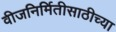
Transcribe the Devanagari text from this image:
वीजनिर्मितीसाठीच्या